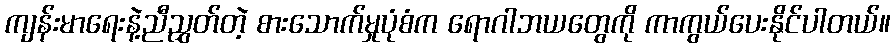
ကျန်းမာရေးနဲ့ညီညွှတ်တဲ့ စားသောက်မှုပုံစံက ရောဂါဘယတွေကို ကာကွယ်ပေးနိုင်ပါတယ်။